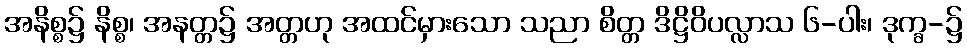
အနိစ္စ၌ နိစ္စ၊ အနတ္တ၌ အတ္တဟု အထင်မှားသော သညာ စိတ္တ ဒိဋ္ဌိဝိပလ္လာသ ၆-ပါး၊ ဒုက္ခ-၌